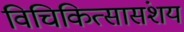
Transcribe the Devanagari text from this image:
विचिकित्सासंशय